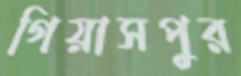
গিয়াসপুর